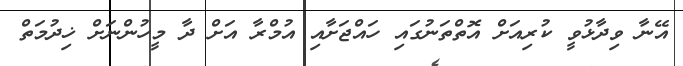
އޭނާ ވިދާޅުވީ ކުރިއަށް އޮތްތަނުގައި ހައްޖަށާއި އުމްރާ އަށް ދާ މީހުންނަށް ޚިދުމަތް